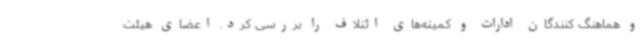
و هماهنگ کنندگان ادارات و کمیته‌های ائتلاف را بررسی کرد. اعضای هیئت